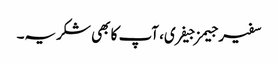
سفیر جیمز جیفری، آپ کا بھی شکریہ۔